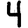
Digit: 4